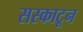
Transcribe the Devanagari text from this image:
सस्काटून